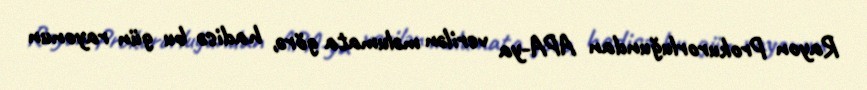
Rayon Prokurorluğundan APA-ya verilən məlumata görə, hadisə bu gün rayonun